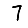
Digit: 7